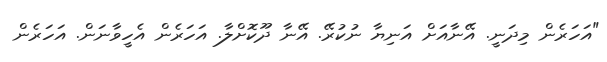
"އަހަރެން މިދަނީ. އޭނާއަށް އަނިޔާ ނުކުރޭ. އޭނާ ދޫކޮށްލާ. އަހަރެން އެހީވާނަން. އަހަރެން